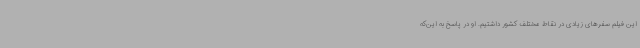
این فیلم سفرهای زیادی در نقاط مختلف کشور داشتیم. او در پاسخ به این‌که